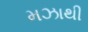
મઝાથી